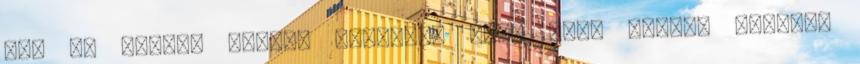
el. V. Henrik költőt fogadott fel, hogy versbe szedett